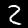
Label: 2